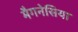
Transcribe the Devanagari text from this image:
मैगनेसिया